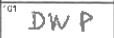
Transcription: DWP